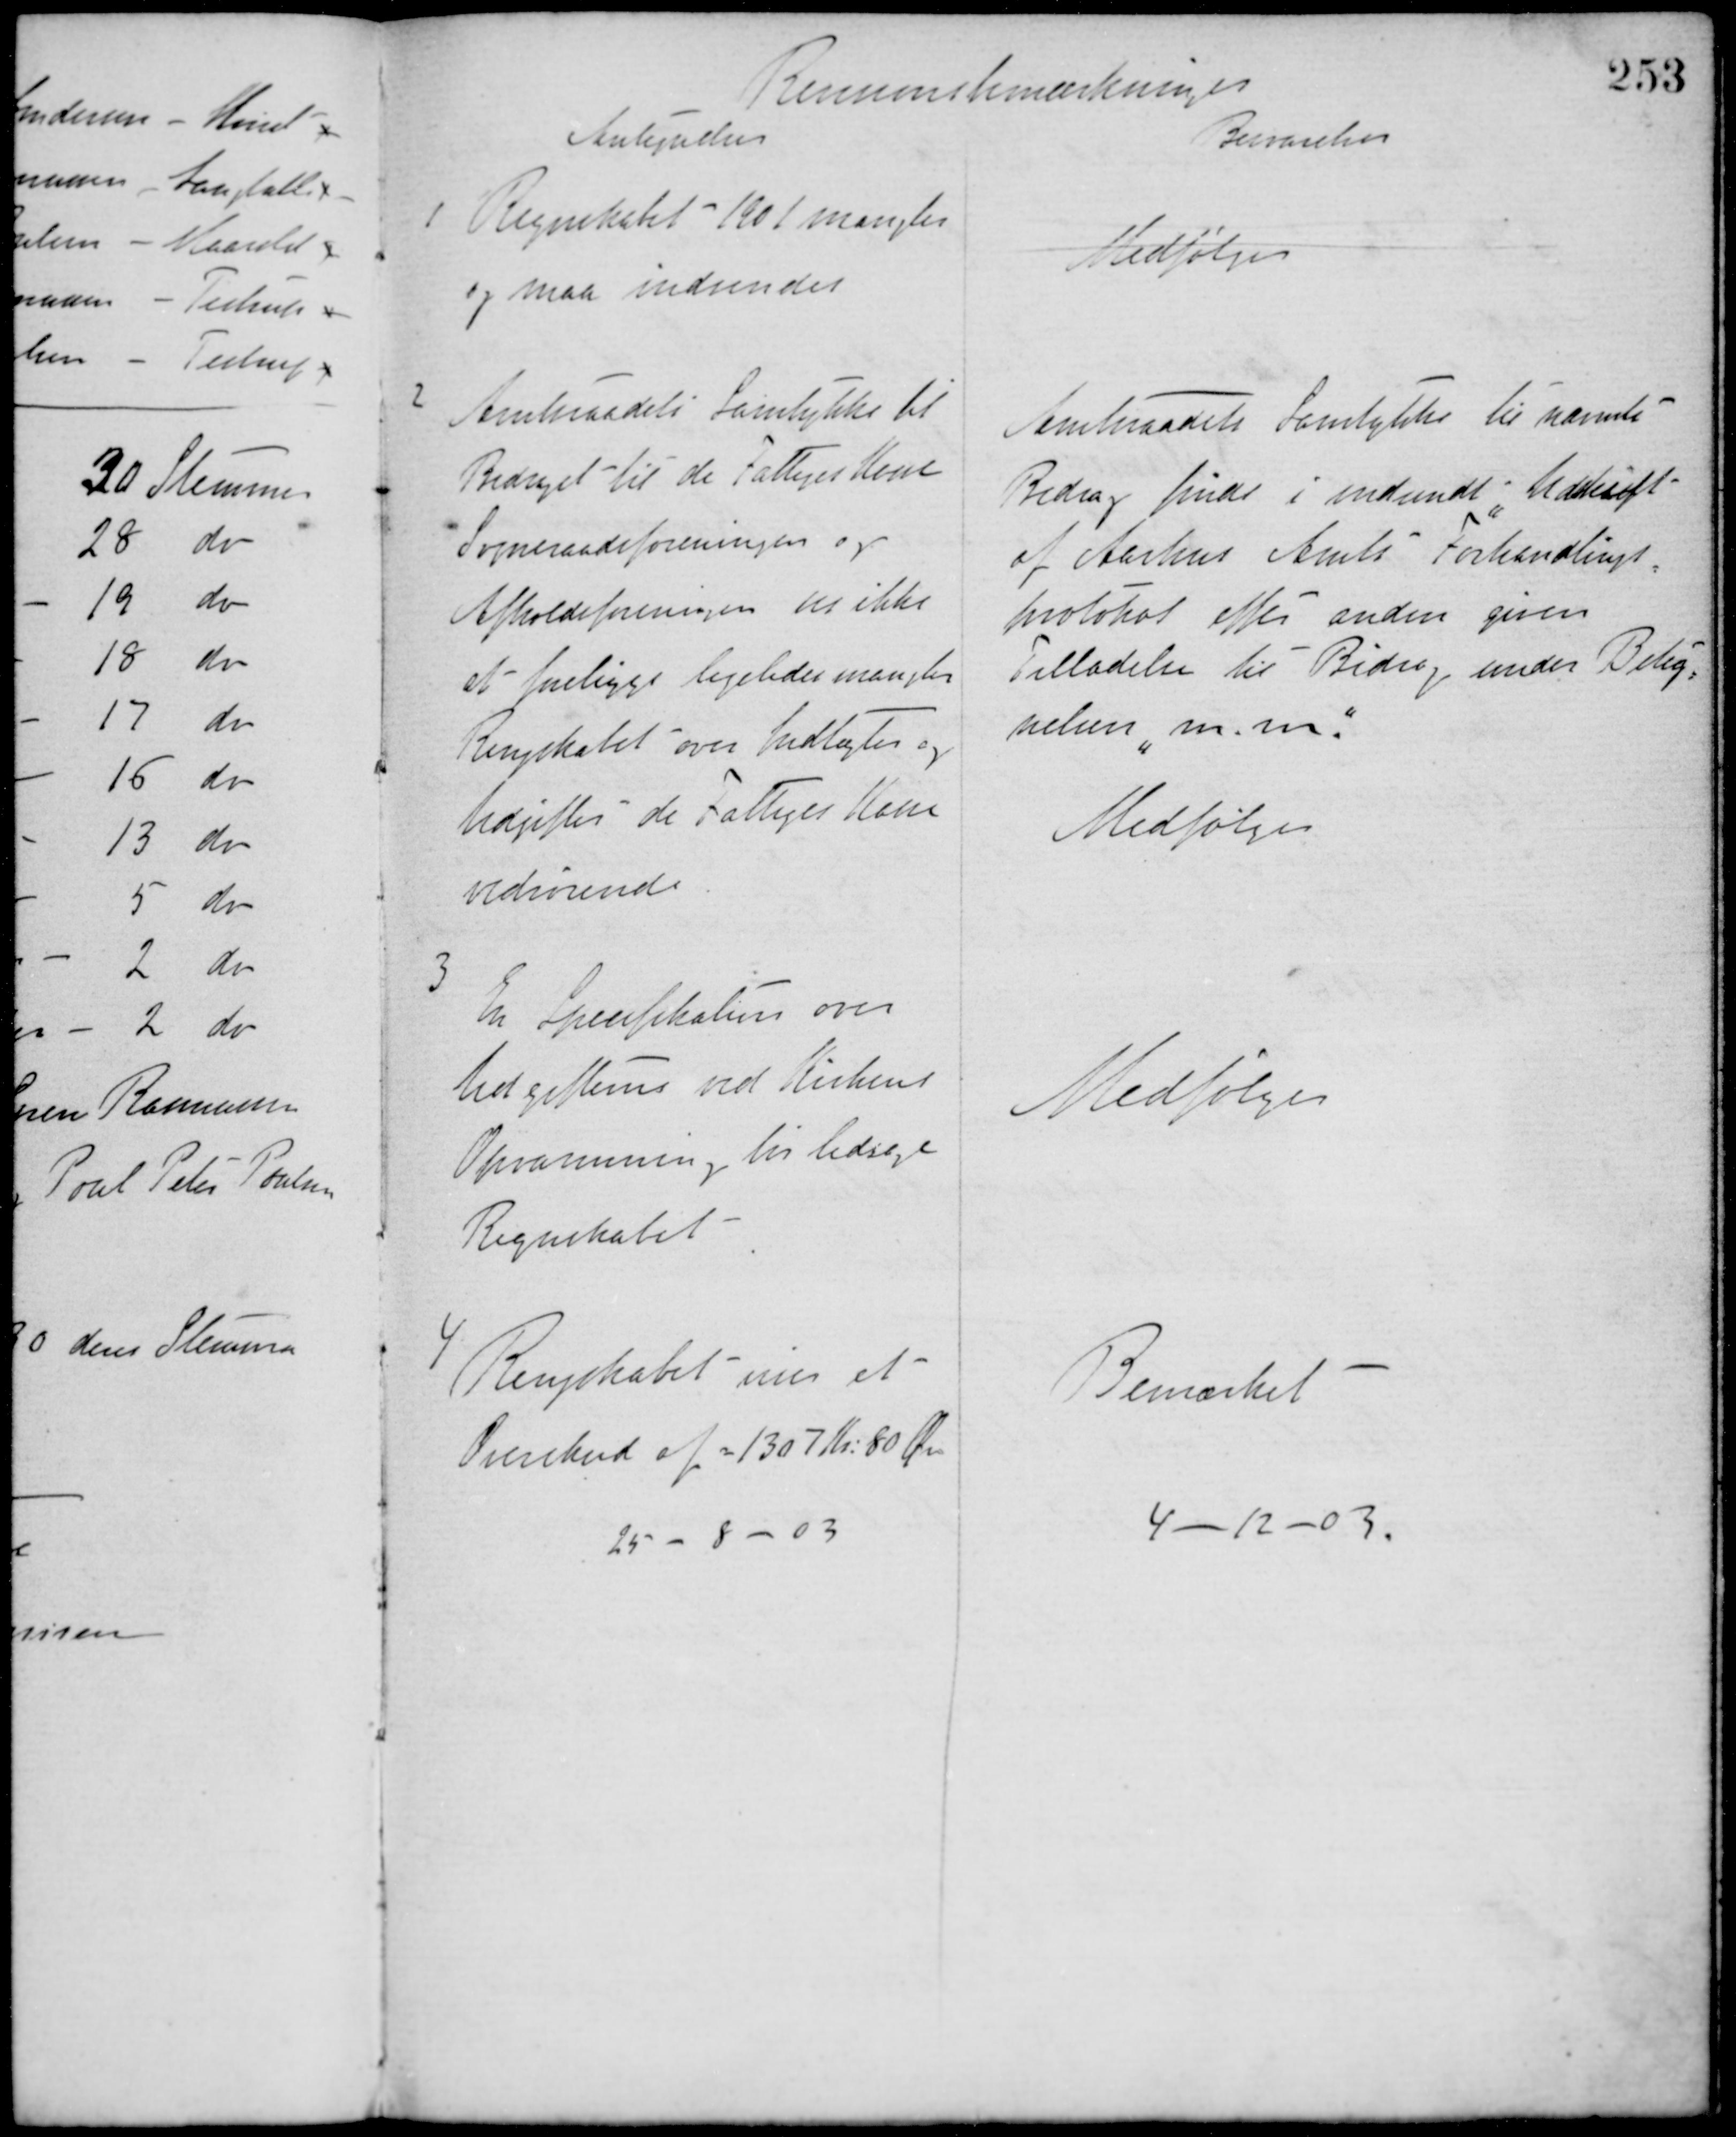
Transskription:
Revisionsbemærkninger